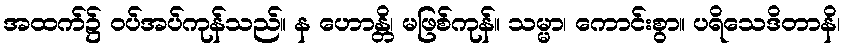
အထက်၌ ဝပ်အပ်ကုန်သည်။ န ဟောန္တိ၊ မဖြစ်ကုန်။ သမ္မာ၊ ကောင်းစွာ။ ပရိသေဒိတာနိ၊